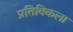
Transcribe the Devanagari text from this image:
प्रतिविकला